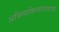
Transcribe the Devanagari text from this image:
अभिव्यक्तिस्वातंत्र्याच्या